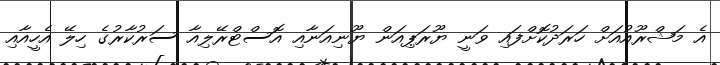
އެ މަޝްރޫއުއަށް ހަރަދުކޮށްފައި ވަނީ ޔޫރަޕިއަން ޔޫނިއަނާއި އޮސްޓްރޭލިއާ ސަރުކާރުގެ ހިލޭ އެހީއާއި